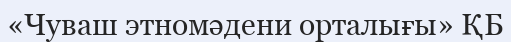
«Чуваш этномәдени орталығы» ҚБ